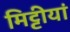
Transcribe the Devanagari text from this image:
मिट्टीयां